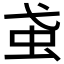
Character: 𧈩